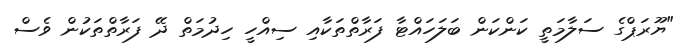
"ޔޫރަޕްގެ ސަލާމަތީ ކަންކަން ބަލަހައްޓާ ފަރާތްތަކާއި ސިއްހީ ހިދުމަތް ދޭ ފަރާތްތަކުން ވެސް